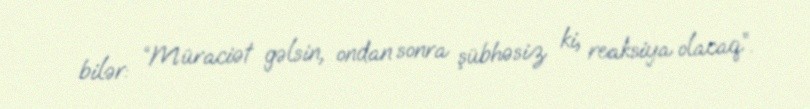
bilər: “Müraciət gəlsin, ondan sonra şübhəsiz ki, reaksiya olacaq”.